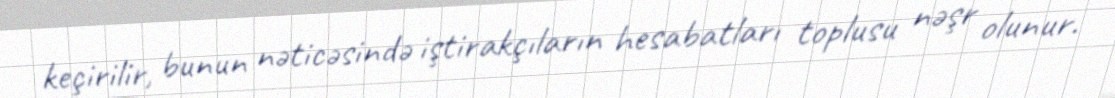
keçirilir, bunun nəticəsində iştirakçıların hesabatları toplusu nəşr olunur.